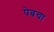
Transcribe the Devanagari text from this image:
पेबचा